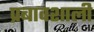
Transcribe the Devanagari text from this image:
प्रबावशाली